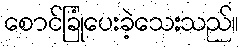
စောင်ခြုံပေးခဲ့သေးသည်။